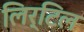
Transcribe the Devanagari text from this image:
लिर्टिल